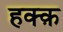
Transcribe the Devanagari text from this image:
हक्क़